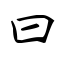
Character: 曰